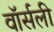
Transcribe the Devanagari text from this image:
वॉर्सली